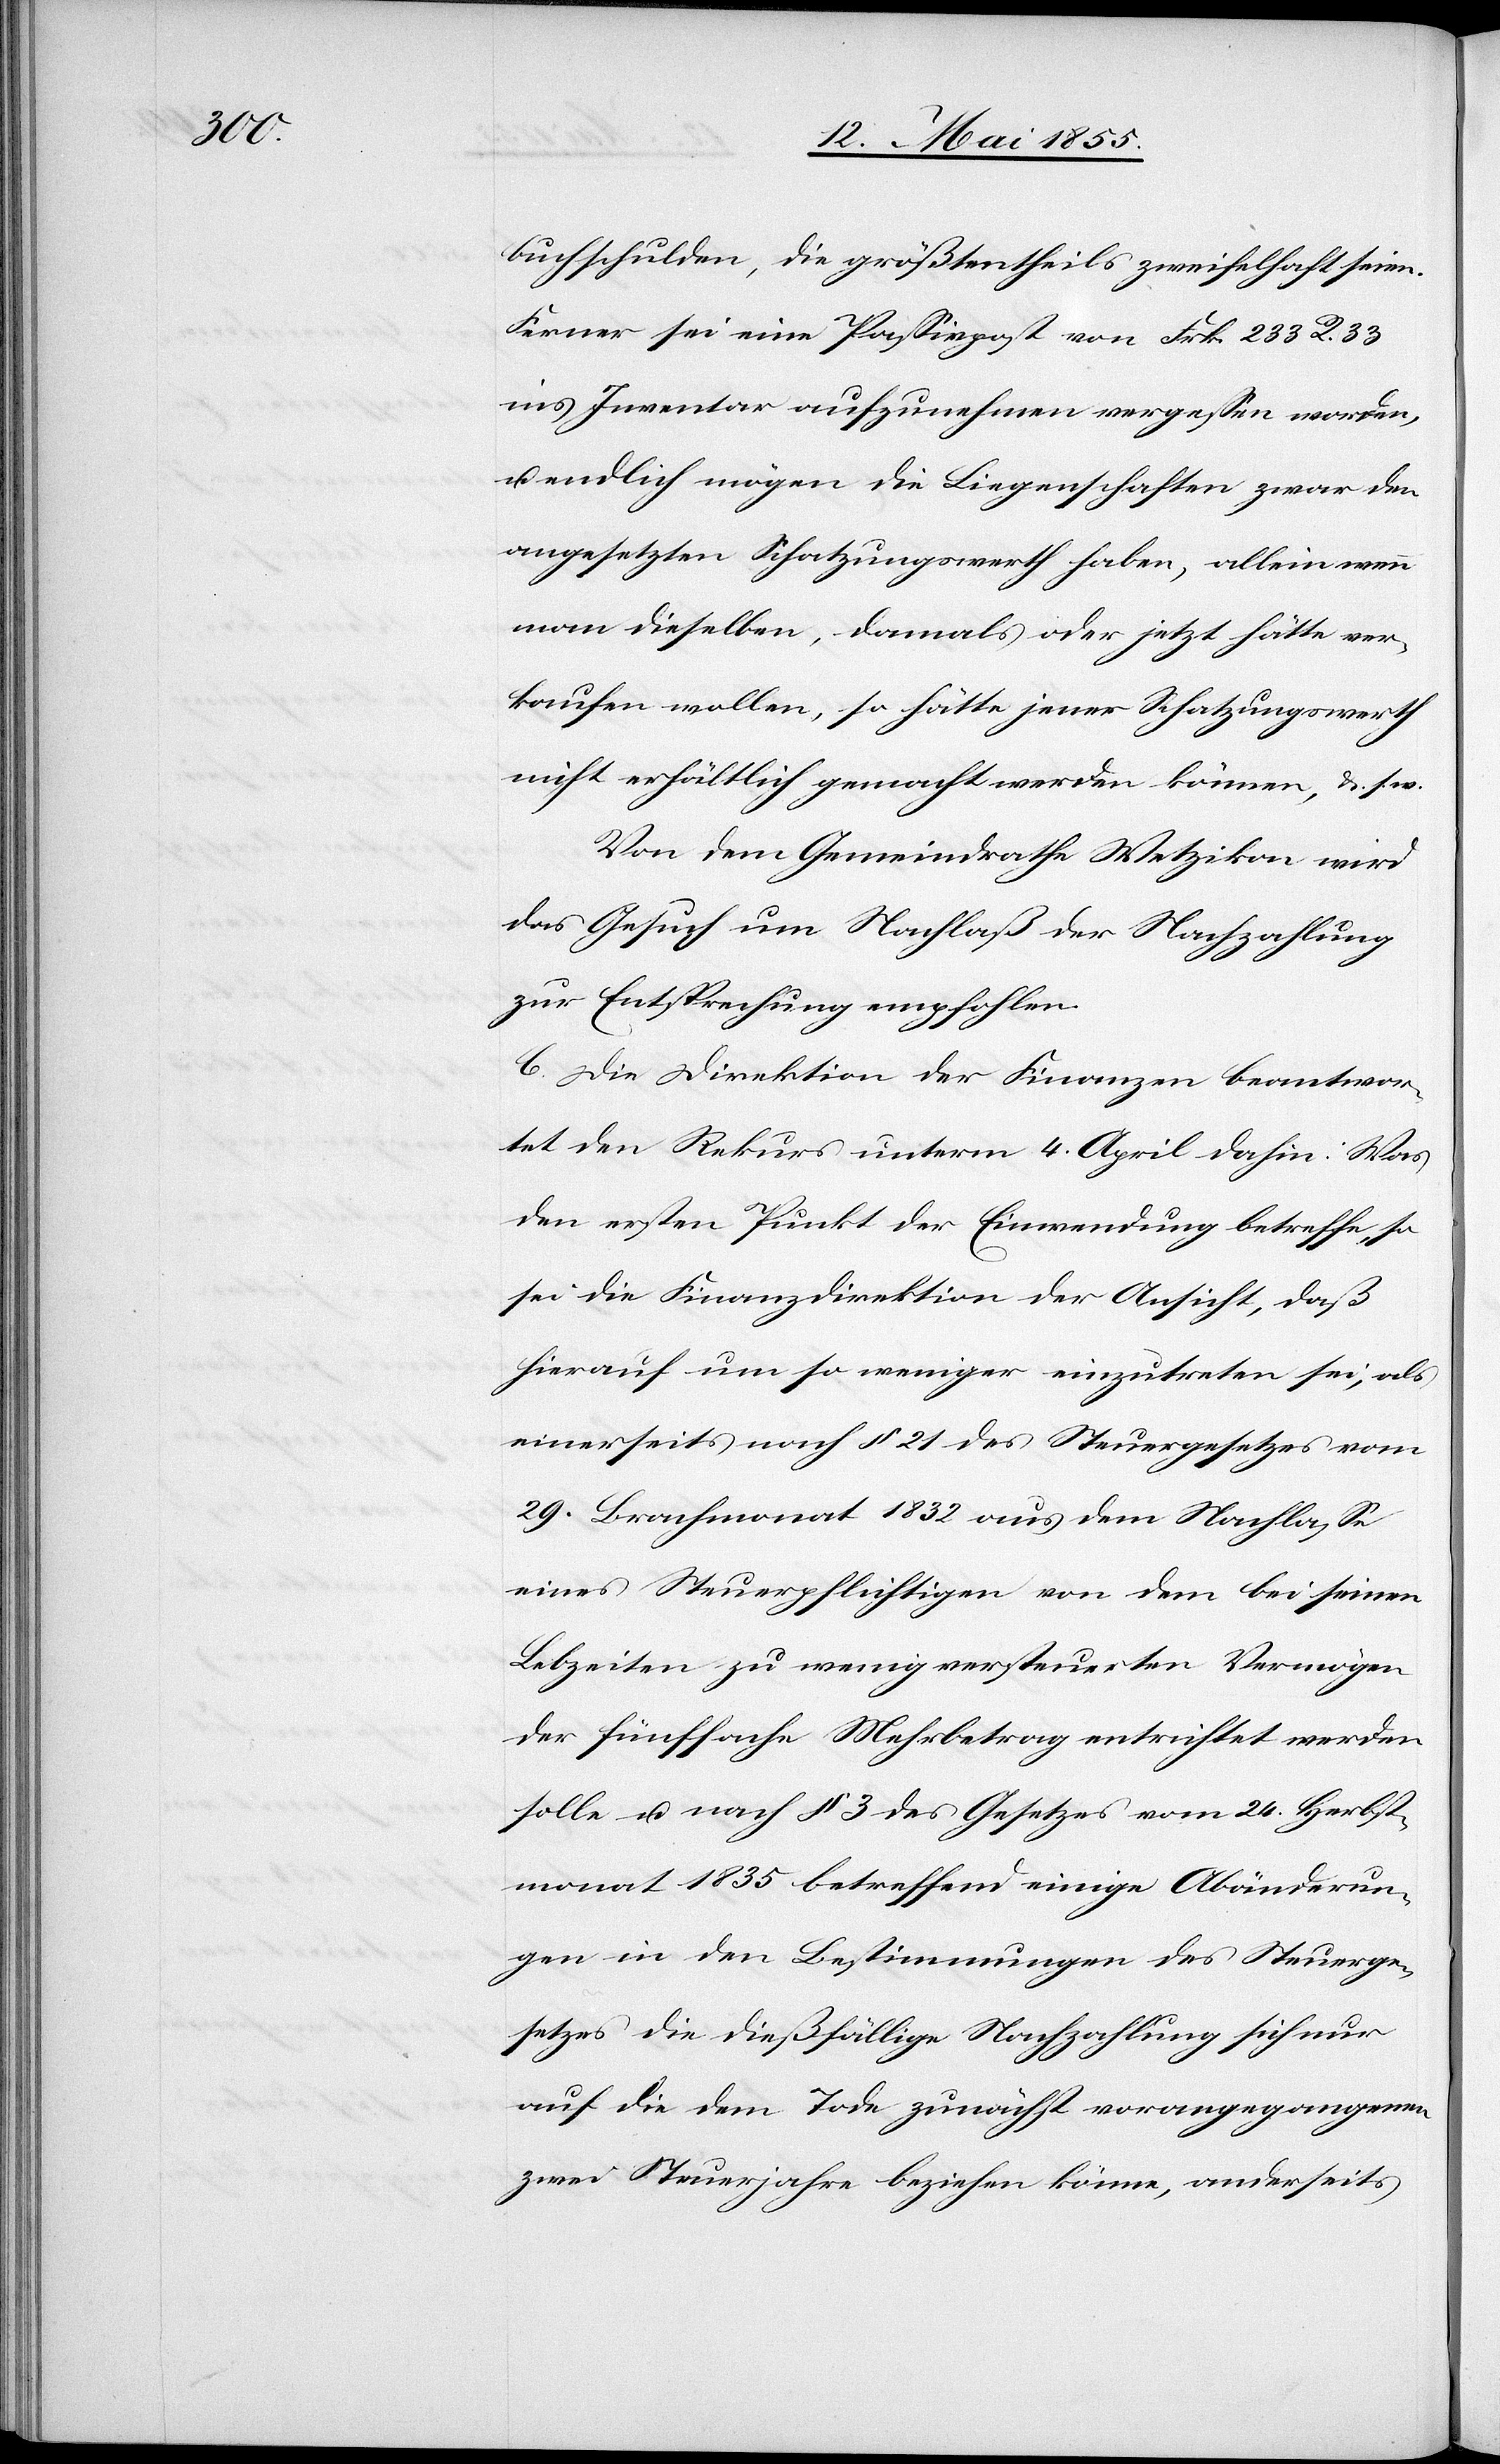
buchschulden, die größtentheils zweifelhaft seien.
Ferner sei eine Passivpost von Frk. 233 Rp. 33
ins Inventar aufzunehmen vergessen worden,
endlich mögen die Liegenschaften zwar den
angesetzten Schatzungswerth haben, allein wenn
man dieselben, damals oder jetzt hätte ver¬
kaufen wollen, so hätte jener Schatzungswerth
nicht erhältlich gemacht werden können, & s. w.
Von dem Gemeindrathe Wetzikon wird
das Gesuch um Nachlaß der Nachzahlung
zur Entsprechung empfohlen.
C. Die Direktion der Finanzen beantwor¬
tet den Rekurs unterm 4. April dahin: Was
den ersten Punkt der Einwendung betreffe, so
sei die Finanzdirektion der Ansicht, daß
hierauf um so weniger einzutreten sei, als
einerseits nach § 21 des Steuergesetzes vom
29. Brachmonat 1832 aus dem Nachlasse
eines Steuerpflichtigen von dem bei seinen
Lebzeiten zu wenig versteuerten Vermögen
der fünffache Mehrbetrag entrichtet werden
solle u. nach § 3 des Gesetzes vom 24. Herbst¬
monat 1835 betreffend einige Abänderun¬
gen in den Bestimmungen des Steuerge¬
setzes die dießfällige Nachzahlung sich nur
auf die dem Tode zunächst vorangegangenen
zwei Steuerjahre beziehen könne, anderseits